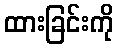
ထားခြင်းကို